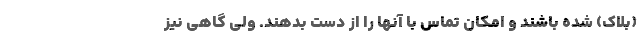
(بلاک) شده باشند و امکان تماس با آنها را از دست بدهند. ولی گاهی نیز